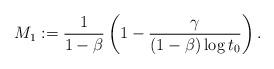
LaTeX: \begin{align*}M_1 := \frac{1}{1-\beta}\left(1 - \frac{\gamma}{(1-\beta) \log t_0 }\right).\end{align*}